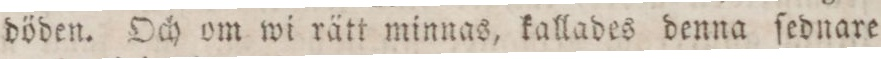
döden. Och om wi rätt minnas, kallades denna ſednare